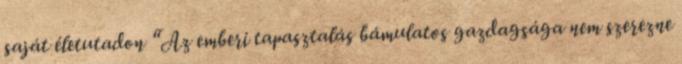
saját életutadon “Az emberi tapasztalás bámulatos gazdagsága nem szerezne